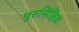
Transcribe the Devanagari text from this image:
पुरुसिंक्विज़